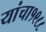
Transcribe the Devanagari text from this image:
यांचा१९८८